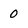
Character: 0